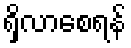
ရှိလာစေရန်